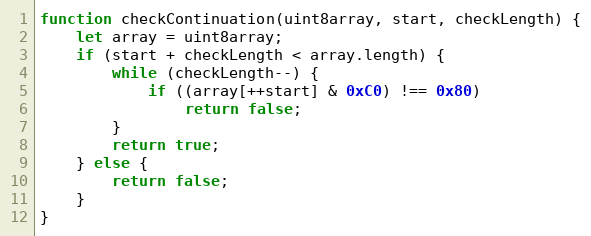
Language: JavaScript
function checkContinuation(uint8array, start, checkLength) {
    let array = uint8array;
    if (start + checkLength < array.length) {
        while (checkLength--) {
            if ((array[++start] & 0xC0) !== 0x80)
                return false;
        }
        return true;
    } else {
        return false;
    }
}